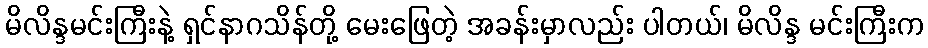
မိလိန္ဒမင်းကြီးနဲ့ ရှင်နာဂသိန်တို့ မေးဖြေတဲ့ အခန်းမှာလည်း ပါတယ်၊ မိလိန္ဒ မင်းကြီးက